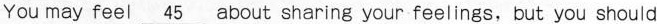
You may feel \underline{45} about sharing your feelings, but you should